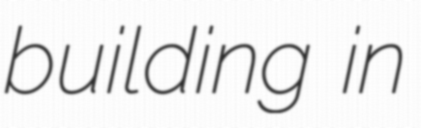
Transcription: building in